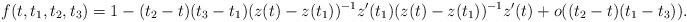
LaTeX: \begin{align*}f(t,t_1,t_2,t_3)=1-(t_2-t)(t_3-t_1)(z(t)-z(t_1))^{-1}z'(t_1)(z(t)-z(t_1))^{-1}z'(t)+o((t_2-t)(t_1-t_3)).\end{align*}